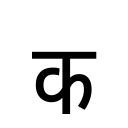
OCR:
क